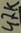
Text: 47K